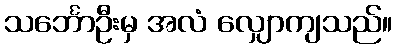
သင်္ဘောဦးမှ အလံ လျှောကျသည်။